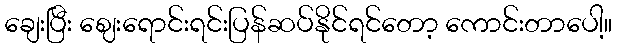
ချေးပြီး ဈေးရောင်းရင်းပြန်ဆပ်နိုင်ရင်တော့ ကောင်းတာပေါ့။